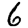
Digit: 6